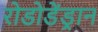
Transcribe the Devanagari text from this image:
रोडोडेंड्रान